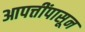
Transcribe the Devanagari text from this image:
आपत्तींपासून